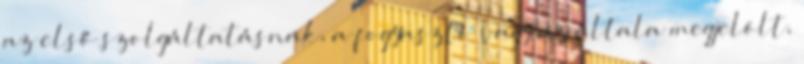
az első szolgáltatásnak, a fogyasztó vagy az általa megjelölt,